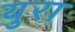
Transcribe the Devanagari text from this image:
युरा